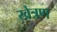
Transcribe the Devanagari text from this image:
खेत्रण